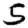
Digit: 5